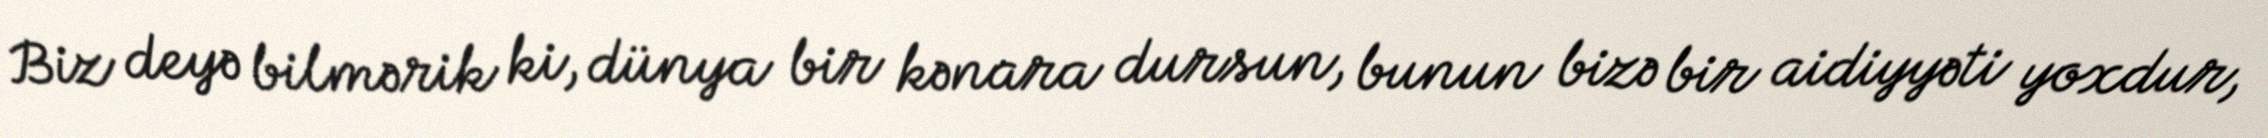
Biz deyə bilmərik ki, dünya bir kənara dursun, bunun bizə bir aidiyyəti yoxdur,